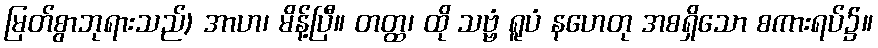
မြတ်စွာဘုရားသည်) အာဟ၊ မိန့်ပြီ။ တတ္ထ၊ ထို သဗ္ဗံ ရူပံ နဟေတု အစရှိသော စကားရပ်၌။